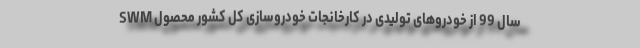
سال 99 از خودروهای تولیدی در کارخانجات خودروسازی کل کشور محصول SWM